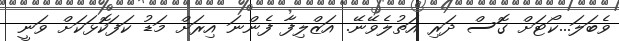
ވެބަލަ...ކޯޓަށް ގޮސް ދަރި އަތުލެވޭނޭ. އަޒްލިފާ ފެންނަ އިރަށް މަޑު ކަފަކޮޅަކަށް ވަނީ